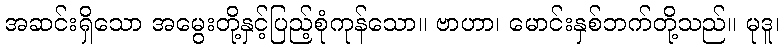
အဆင်းရှိသော အမွေးတို့နှင့်ပြည့်စုံကုန်သော။ ဗာဟာ၊ မောင်းနှစ်ဘက်တို့သည်။ မုဒူ၊